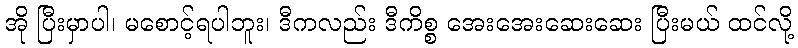
အို ပြီးမှာပါ၊ မစောင့်ရပါဘူး၊ ဒီကလည်း ဒီကိစ္စ အေးအေးဆေးဆေး ပြီးမယ် ထင်လို့